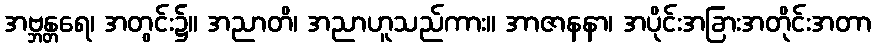
အဗ္ဘန္တရေ၊ အတွင်း၌။ အညာတိ၊ အညာဟူသည်ကား။ အာဇာနနာ၊ အပိုင်းအခြားအတိုင်းအတာ